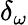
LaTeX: \delta_{\omega}